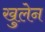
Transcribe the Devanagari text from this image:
खुलेन